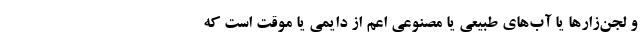
و لجن‌زار‌ها یا آب‌های طبیعی یا مصنوعی اعم از دایمی یا موقت است که